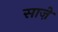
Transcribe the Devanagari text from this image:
साज़े